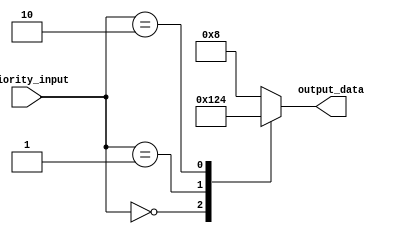
module priority_case_statement (
    input [1:0] priority_input,
    output reg [3:0] output_data
);

always @ (priority_input)
begin
    case (priority_input)
        2'b00: output_data <= 4'b0001; // Priority case 0
        2'b01: output_data <= 4'b0010; // Priority case 1
        2'b10: output_data <= 4'b0100; // Priority case 2
        default: output_data <= 4'b1000; // Default case
    endcase
end

endmodule